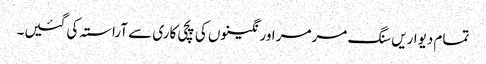
تمام دیواریں سنگ مرمر اور نگینوں کی پچی کاری سے آراستہ کی گئیں۔